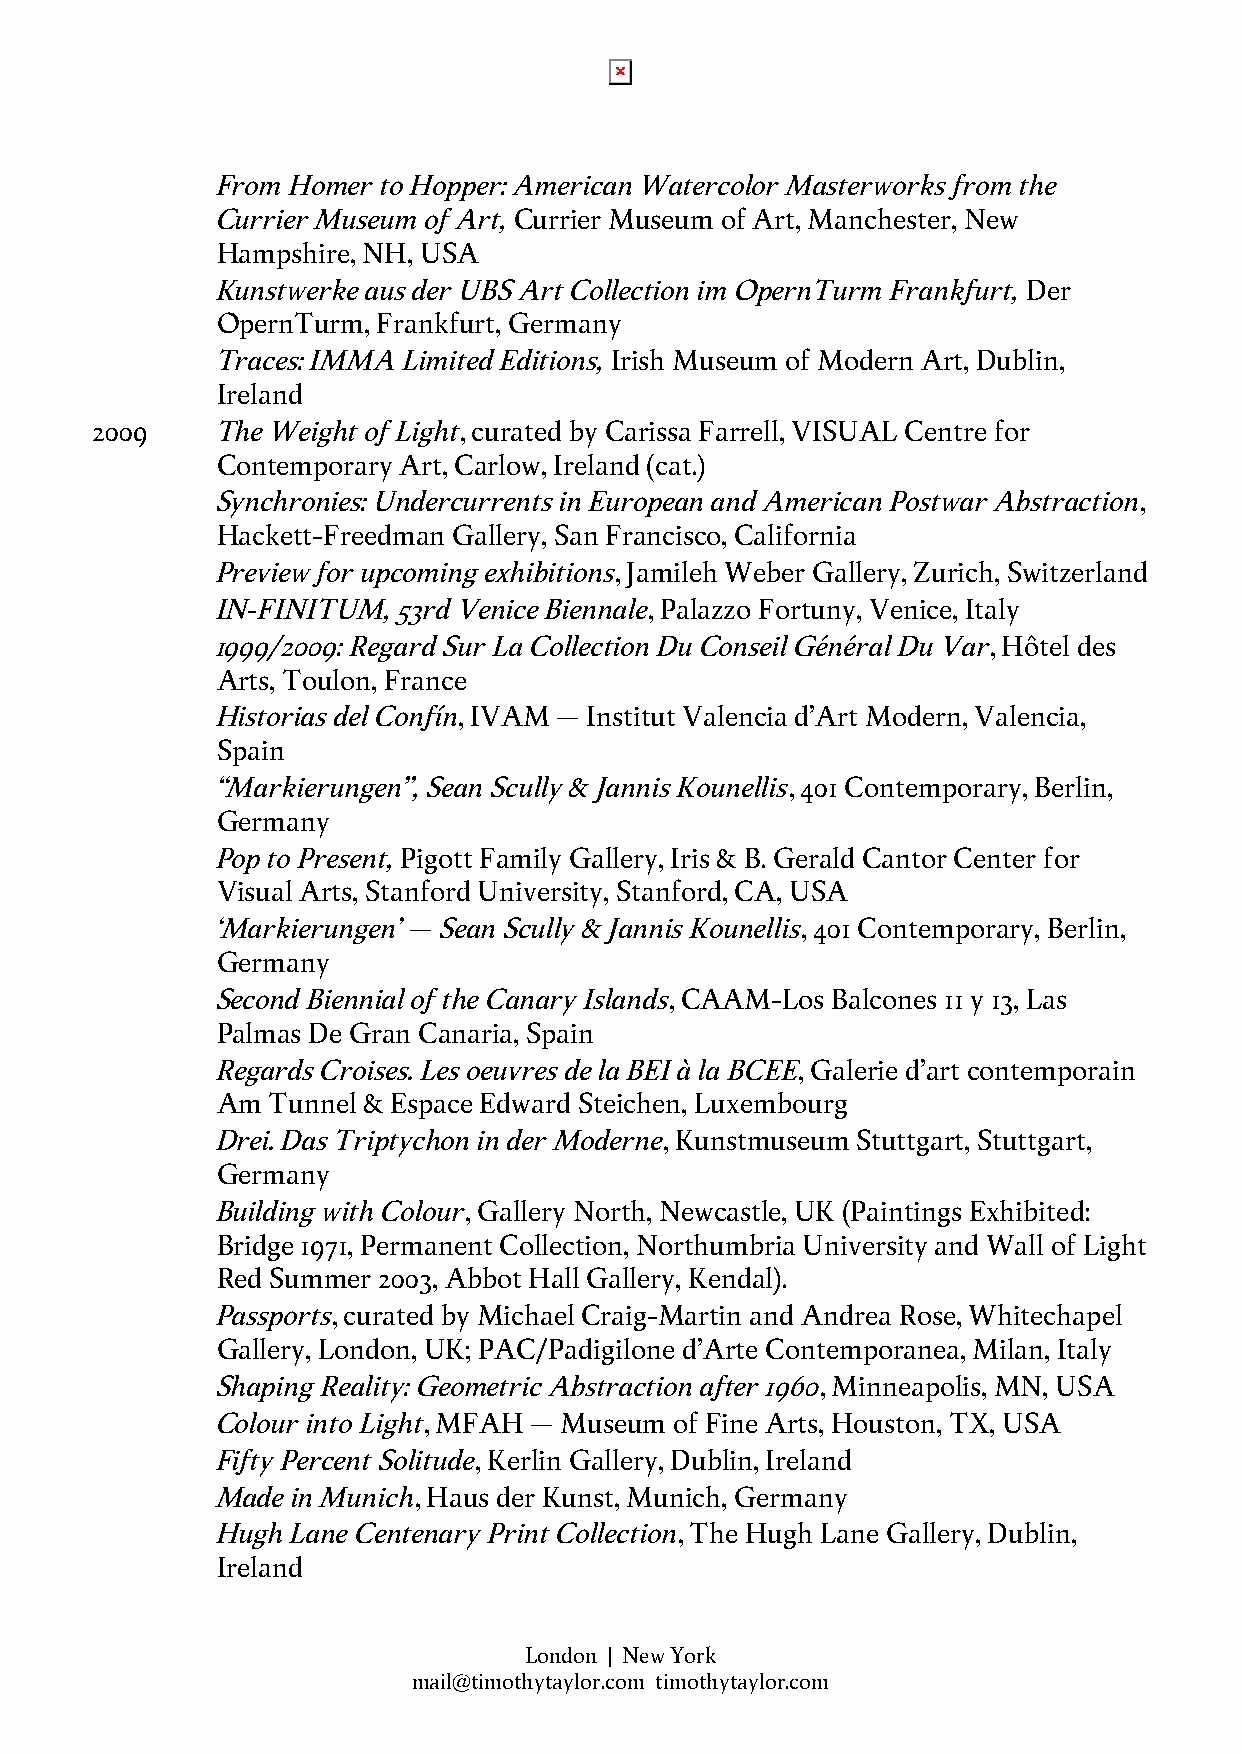
From Homer to Hopper: American Watercolor Masterworks from the
 Currier Museum of Art, Currier Museum of Art, Manchester, New
 Hampshire, NH, USA
 Kunstwerke aus der UBS Art Collection im OpernTurm Frankfurt, Der
 OpernTurm, Frankfurt, Germany
 Traces: IMMA Limited Editions, Irish Museum of Modern Art, Dublin,
 Ireland
 2009    The Weight of Light, curated by Carissa Farrell, VISUAL Centre for
 Contemporary Art, Carlow, Ireland (cat.)
 Synchronies: Undercurrents in European and American Postwar Abstraction,
 Hackett-Freedman Gallery, San Francisco, California
 Preview for upcoming exhibitions, Jamileh Weber Gallery, Zurich, Switzerland
 IN-FINITUM, 53rd Venice Biennale, Palazzo Fortuny, Venice, Italy
 1999/2009: Regard Sur La Collection Du Conseil Général Du Var, Hôtel des
 Arts, Toulon, France
 Historias del Confín, IVAM – Institut Valencia d’Art Modern, Valencia,
 Spain
 “Markierungen”, Sean Scully & Jannis Kounellis, 401 Contemporary, Berlin,
 Germany
 Pop to Present, Pigott Family Gallery, Iris & B. Gerald Cantor Center for
 Visual Arts, Stanford University, Stanford, CA, USA
 ‘Markierungen’ – Sean Scully & Jannis Kounellis, 401 Contemporary, Berlin,
 Germany
 Second Biennial of the Canary Islands, CAAM-Los Balcones 11 y 13, Las
 Palmas De Gran Canaria, Spain
 Regards Croises. Les oeuvres de la BEI à la BCEE, Galerie d'art contemporain
 Am  Tunnel & Espace Edward Steichen, Luxembourg
 Drei. Das Triptychon in der Moderne, Kunstmuseum Stuttgart, Stuttgart,
 Germany
 Building with Colour, Gallery North, Newcastle, UK (Paintings Exhibited:
 Bridge 1971, Permanent Collection, Northumbria University and Wall of Light
 Red Summer 2003, Abbot Hall Gallery, Kendal).
 Passports, curated by Michael Craig-Martin and Andrea Rose, Whitechapel
 Gallery, London, UK; PAC/Padigilone d’Arte Contemporanea, Milan, Italy
 Shaping Reality: Geometric Abstraction after 1960, Minneapolis, MN, USA
 Colour into Light, MFAH – Museum of Fine Arts, Houston, TX, USA
 Fifty Percent Solitude, Kerlin Gallery, Dublin, Ireland
 Made in Munich, Haus der Kunst, Munich, Germany
 Hugh Lane Centenary Print Collection, The Hugh Lane Gallery, Dublin,
 Ireland
 London | New York
 mail@timothytaylor.com timothytaylor.com